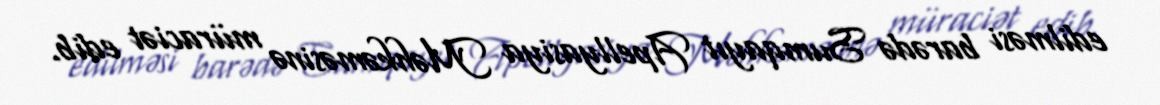
edilməsi barədə Sumqayıt Apellyasiya Məhkəməsinə müraciət edib.